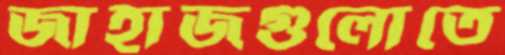
জাহাজগুলোতে